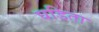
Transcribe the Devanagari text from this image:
घडिता